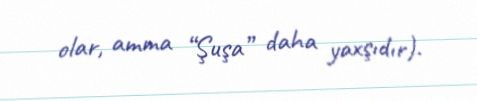
olar, amma “Şuşa” daha yaxşıdır).